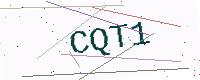
Text: CQT1